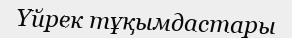
Үйрек тұқымдастары